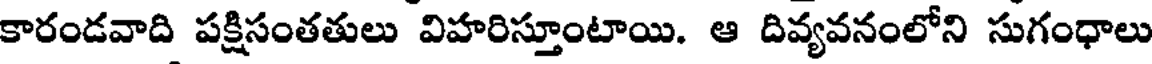
కారండవాది పక్షిసంతతులు విహరిస్తూంటాయి. ఆ దివ్యవనంలోని సుగంధాలు